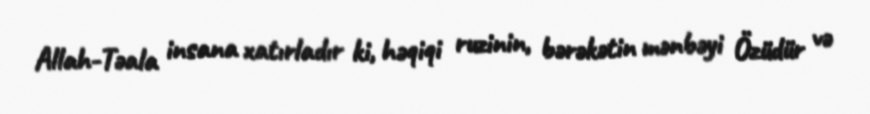
Allah-Təala insana xatırladır ki, həqiqi ruzinin, bərəkətin mənbəyi Özüdür və